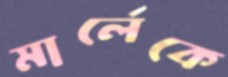
মার্লেকে